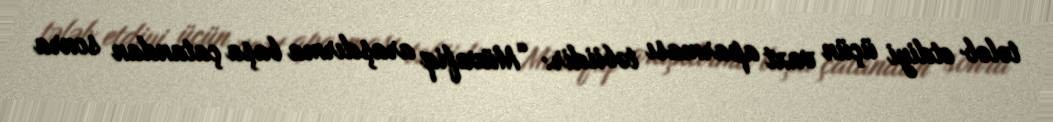
tələb etdiyi üçün vaxt aparması təbiidir: “Müvafiq araşdırma başa çatandan sonra